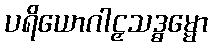
ပရိယောဂါဠှသဒ္ဓမ္မော